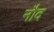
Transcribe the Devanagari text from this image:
नौद